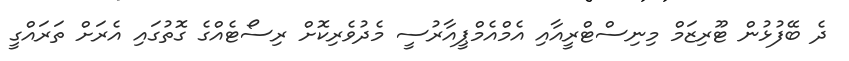
ދެ ބޭފުޅުން ޓޫރިޒަމް މިނިސްޓްރީއާއި އެމްއެމްޕީއާރުސީ މެދުވެރިކޮށް ރިސޯޓެއްގެ ގޮތުގައި އެރަށް ތަރައްގީ